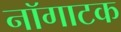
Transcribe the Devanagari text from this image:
नॉगाटक